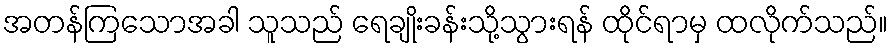
အတန်ကြသောအခါ သူသည် ရေချိုးခန်းသို့သွားရန် ထိုင်ရာမှ ထလိုက်သည်။